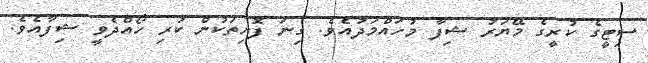
ސިޓީގެ ކުރީގެ މޭޔަރު ޝިފާ މުހައްމަދުއެވެ. ގިނަ ފޮށިތަކުން ކުރި ހޯއްދެވީ ޝިފާއެވެ.